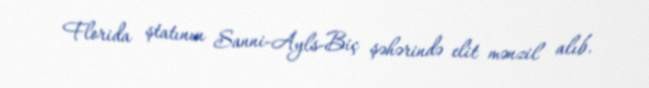
Florida ştatının Sanni-Ayls-Biç şəhərində elit mənzil alıb.